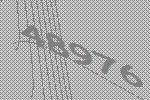
48976